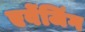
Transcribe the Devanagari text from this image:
एवेंजिंग